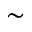
\sim